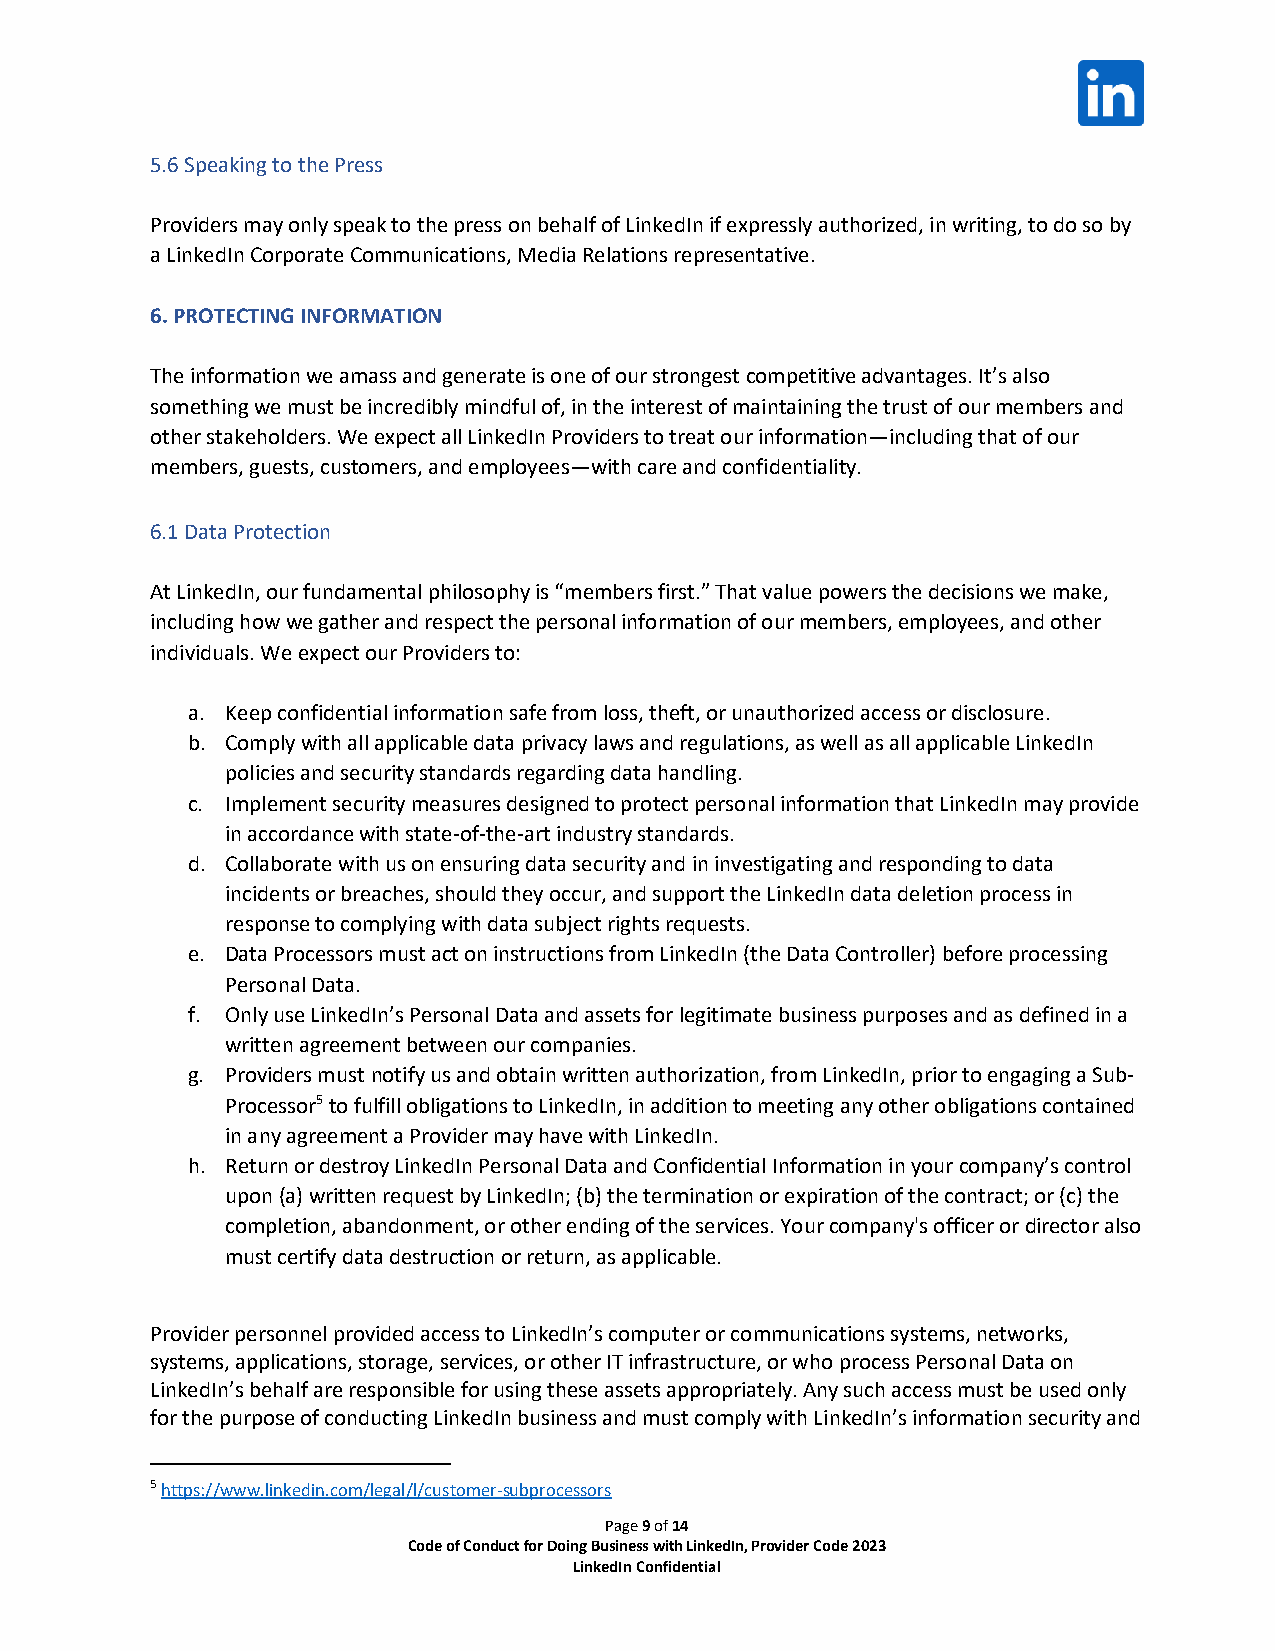
5.6 Speaking to the Press
 Providers may only speak to the press on behalf of LinkedIn if expressly authorized, in writing, to do so by
 a LinkedIn Corporate Communications, Media Relations representative.
 6. PROTECTING INFORMATION
 The information we amass and generate is one of our strongest competitive advantages. It’s also
 something we must be incredibly mindful of, in the interest of maintaining the trust of our members and
 other stakeholders. We expect all LinkedIn Providers to treat our information—including that of our
 members, guests, customers, and employees—with care and confidentiality.
 6.1 Data Protection
 At LinkedIn, our fundamental philosophy is “members first.” That value powers the decisions we make,
 including how we gather and respect the personal information of our members, employees, and other
 individuals. We expect our Providers to:
 a. Keep confidential information safe from loss, theft, or unauthorized access or disclosure.
 b. Comply with all applicable data privacy laws and regulations, as well as all applicable LinkedIn
 policies and security standards regarding data handling.
 c. Implement security measures designed to protect personal information that LinkedIn may provide
 in accordance with state-of-the-art industry standards.
 d. Collaborate with us on ensuring data security and in investigating and responding to data
 incidents or breaches, should they occur, and support the LinkedIn data deletion process in
 response to complying with data subject rights requests.
 e. Data Processors must act on instructions from LinkedIn (the Data Controller) before processing
 Personal Data.
 f. Only use LinkedIn’s Personal Data and assets for legitimate business purposes and as defined in a
 written agreement between our companies.
 g. Providers must notify us and obtain written authorization, from LinkedIn, prior to engaging a Sub-
 Processor5 to fulfill obligations to LinkedIn, in addition to meeting any other obligations contained
 in any agreement a Provider may have with LinkedIn.
 h. Return or destroy LinkedIn Personal Data and Confidential Information in your company’s control
 upon (a) written request by LinkedIn; (b) the termination or expiration of the contract; or (c) the
 completion, abandonment, or other ending of the services. Your company's officer or director also
 must certify data destruction or return, as applicable.
 Provider personnel provided access to LinkedIn’s computer or communications systems, networks,
 systems, applications, storage, services, or other IT infrastructure, or who process Personal Data on
 LinkedIn’s behalf are responsible for using these assets appropriately. Any such access must be used only
 for the purpose of conducting LinkedIn business and must comply with LinkedIn’s information security and
 5 https://www.linkedin.com/legal/l/customer-subprocessors
 Page 9 of 14
 Code of Conduct for Doing Business with LinkedIn, Provider Code 2023
 LinkedIn Confidential